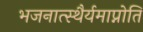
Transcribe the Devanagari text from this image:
भजनात्स्थैर्यमाप्नोति